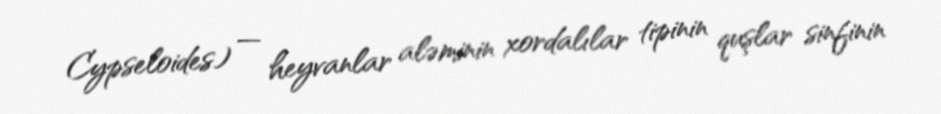
Cypseloides) — heyvanlar aləminin xordalılar tipinin quşlar sinfinin